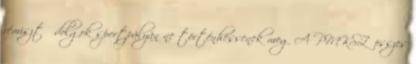
rémisztő dolgok sportpályán ne történhessenek meg A PMKSZ összes